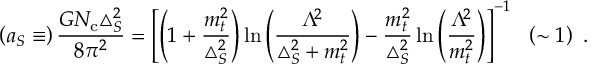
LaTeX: \left( a _ { S } \equiv \right) \frac { G N _ { \mathrm { c } } { \triangle } _ { S } ^ { 2 } } { 8 { \pi } ^ { 2 } } = \left[ \left( 1 + \frac { m _ { t } ^ { 2 } } { { \triangle } _ { S } ^ { 2 } } \right) \ln \left( \frac { { \Lambda } ^ { \! 2 } } { { \triangle } _ { S } ^ { 2 } + m _ { t } ^ { 2 } } \right) - \frac { m _ { t } ^ { 2 } } { { \triangle } _ { S } ^ { 2 } } \ln \left( \frac { { \Lambda } ^ { \! 2 } } { m _ { t } ^ { 2 } } \right) \right] ^ { - 1 } \ \ \left( \sim 1 \right) \ .